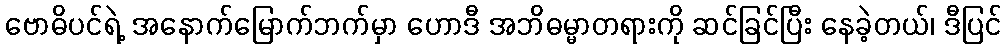
ဗောဓိပင်ရဲ့ အနောက်မြောက်ဘက်မှာ ဟောဒီ အဘိဓမ္မာတရားကို ဆင်ခြင်ပြီး နေခဲ့တယ်၊ ဒီပြင်